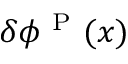
\delta \phi ^ { \mathrm { ~ P ~ } } ( { \boldsymbol { x } } )